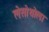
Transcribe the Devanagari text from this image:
लेसोथोला